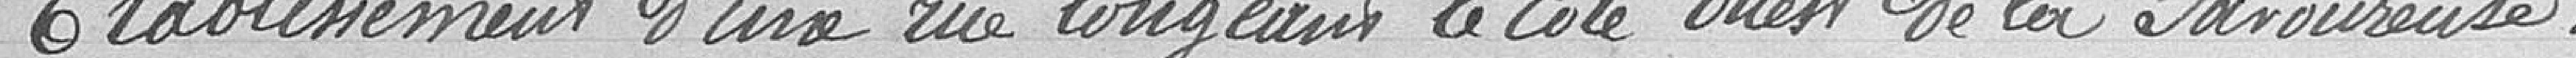
Établissement d'une rue longeant le côté ouest de la Savoureuse